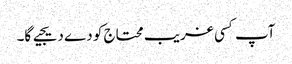
آپ کسی غریب محتاج کو دے دیجیے گا۔